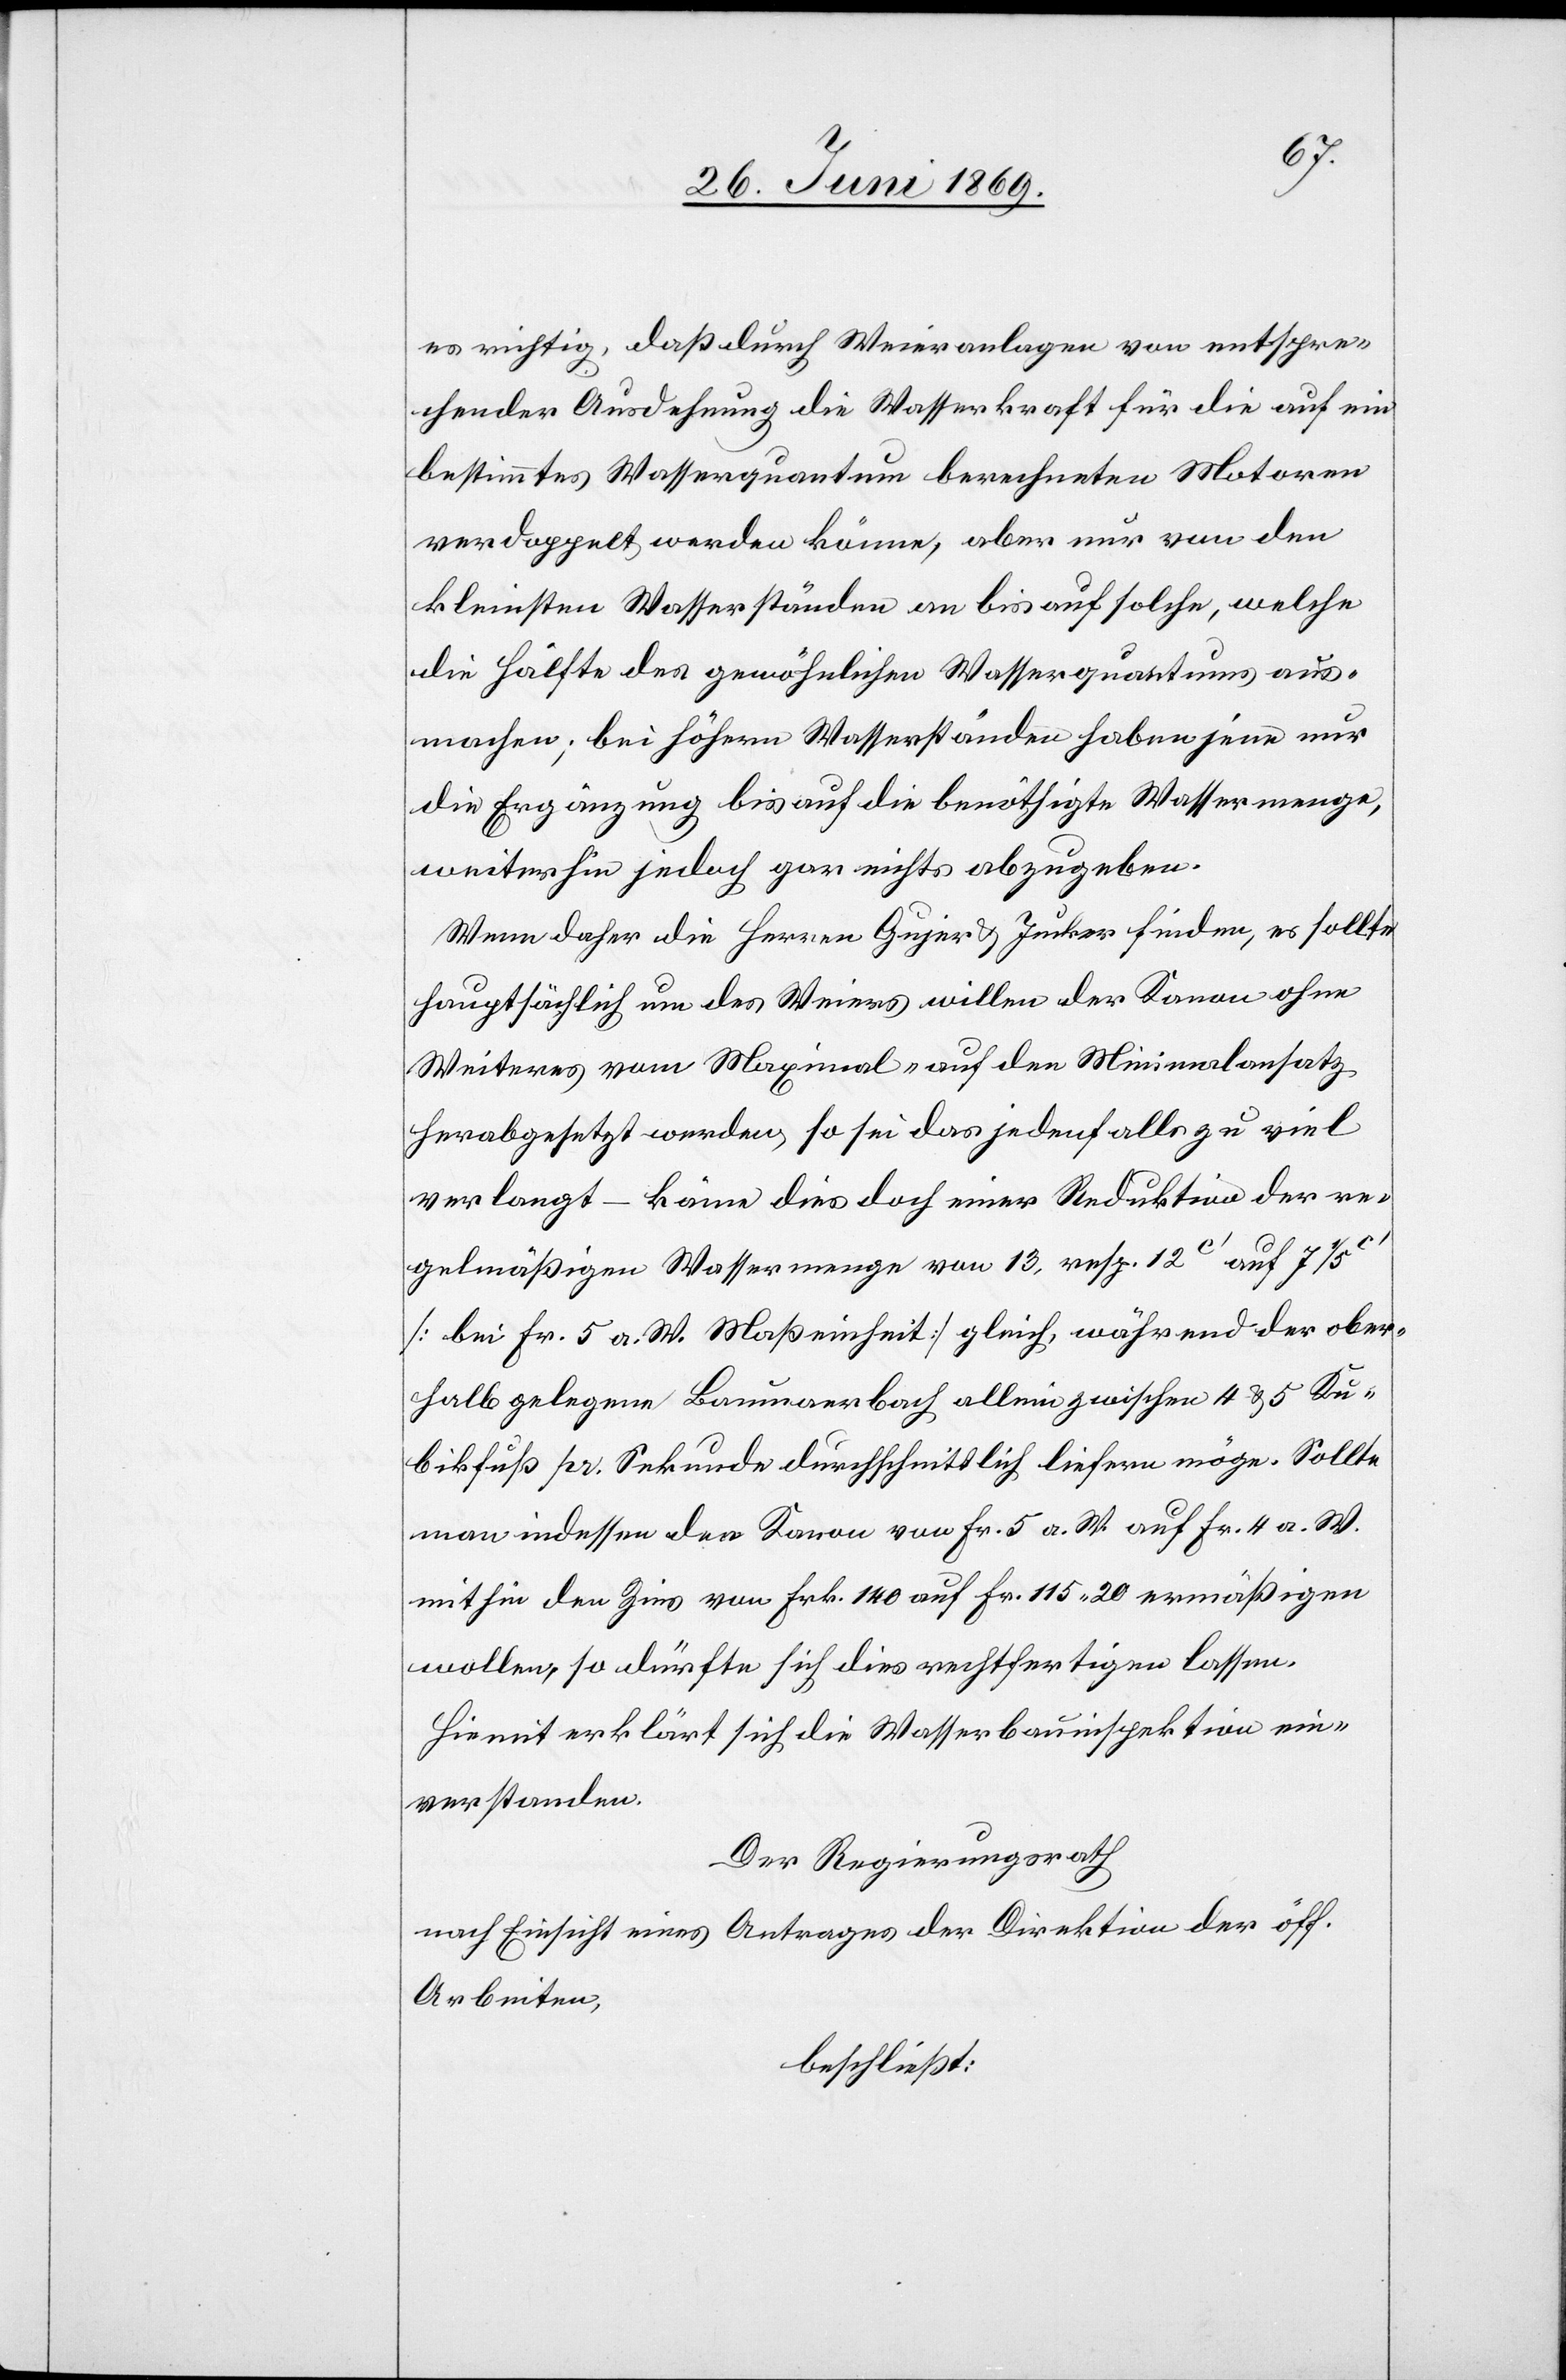
es richtig, daß durch Weieranlagen von entspre¬
chender Ausdehnung die Wasserkraft für die auf ein
bestimmtes Wasserquantum berechneten Motoren
verdoppelt werden könne, aber nur von den
kleinsten Wasserständen an bis auf solche, welche
die Hälfte des gewöhnlichen Wasserquantums aus¬
machen; bei höhern Wasserständen haben jene nur
die Ergänzung bis auf die benöthigte Wassermenge,
weiterhin jedoch gar nicht abzugeben.
Wenn daher die Herren Gujer u. Jucker finden, es sollte
hauptsächlich um des Weiers willen der Kanon ohne
Weiteres vom Maximal- auf den Minimalansatz
herabgesetzt werden, so sei das jedenfalls zu viel
verlangt – käme dies doch einer Reduktion der re¬
gelmäßigen Wassermenge von 13 resp. 12c’ auf 7 1/5
[bei Fr. 5 a. W. Maßeinheit] gleich, während der ober¬
halb gelegene Baumaerbach allein zwischen 4 u. 5 Ku¬
bikfuß pr. Sekunde durchschnittlich liefern möge. Sollte
man indessen den Kanon von Fr. 5 a. W. auf Fr. 4 a. W.
mithin den Zins von Frk. 140 auf Fr. 115,20 ermäßigen
wollen, so dürfte sich dies rechtfertigen lassen.
Hiermit erklärt sich die Wasserbauinspektion ein¬
verstanden.
Der Regierungsrath
nach Einsicht eines Antrages der Direktion der öff.
Arbeiten,
beschließt: